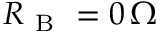
R _ { \mathrm { ~ B ~ } } = 0 \, \Omega